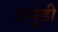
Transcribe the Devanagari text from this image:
उप्पुडी